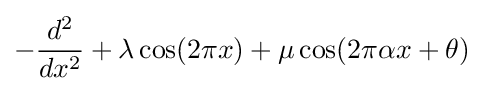
-{\frac {d^{2}}{dx^{2}}}+\lambda \cos(2\pi x)+\mu \cos(2\pi \alpha x+\theta )